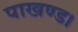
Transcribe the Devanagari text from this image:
पाखण्ड।